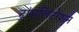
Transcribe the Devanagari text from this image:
ट्रांसलिटरेशन